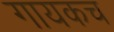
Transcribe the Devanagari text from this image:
गायकच